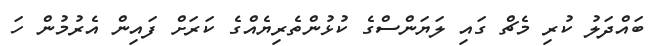
ބައްދަލު ކުރި މެޗް ގައި ލަޔަންސްގެ ކުޅުންތެރިޔެއްގެ ކަރަށް ފައިން އެރުމުން ހަ